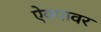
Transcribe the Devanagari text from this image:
ऐक्यावर